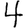
Digit: 4